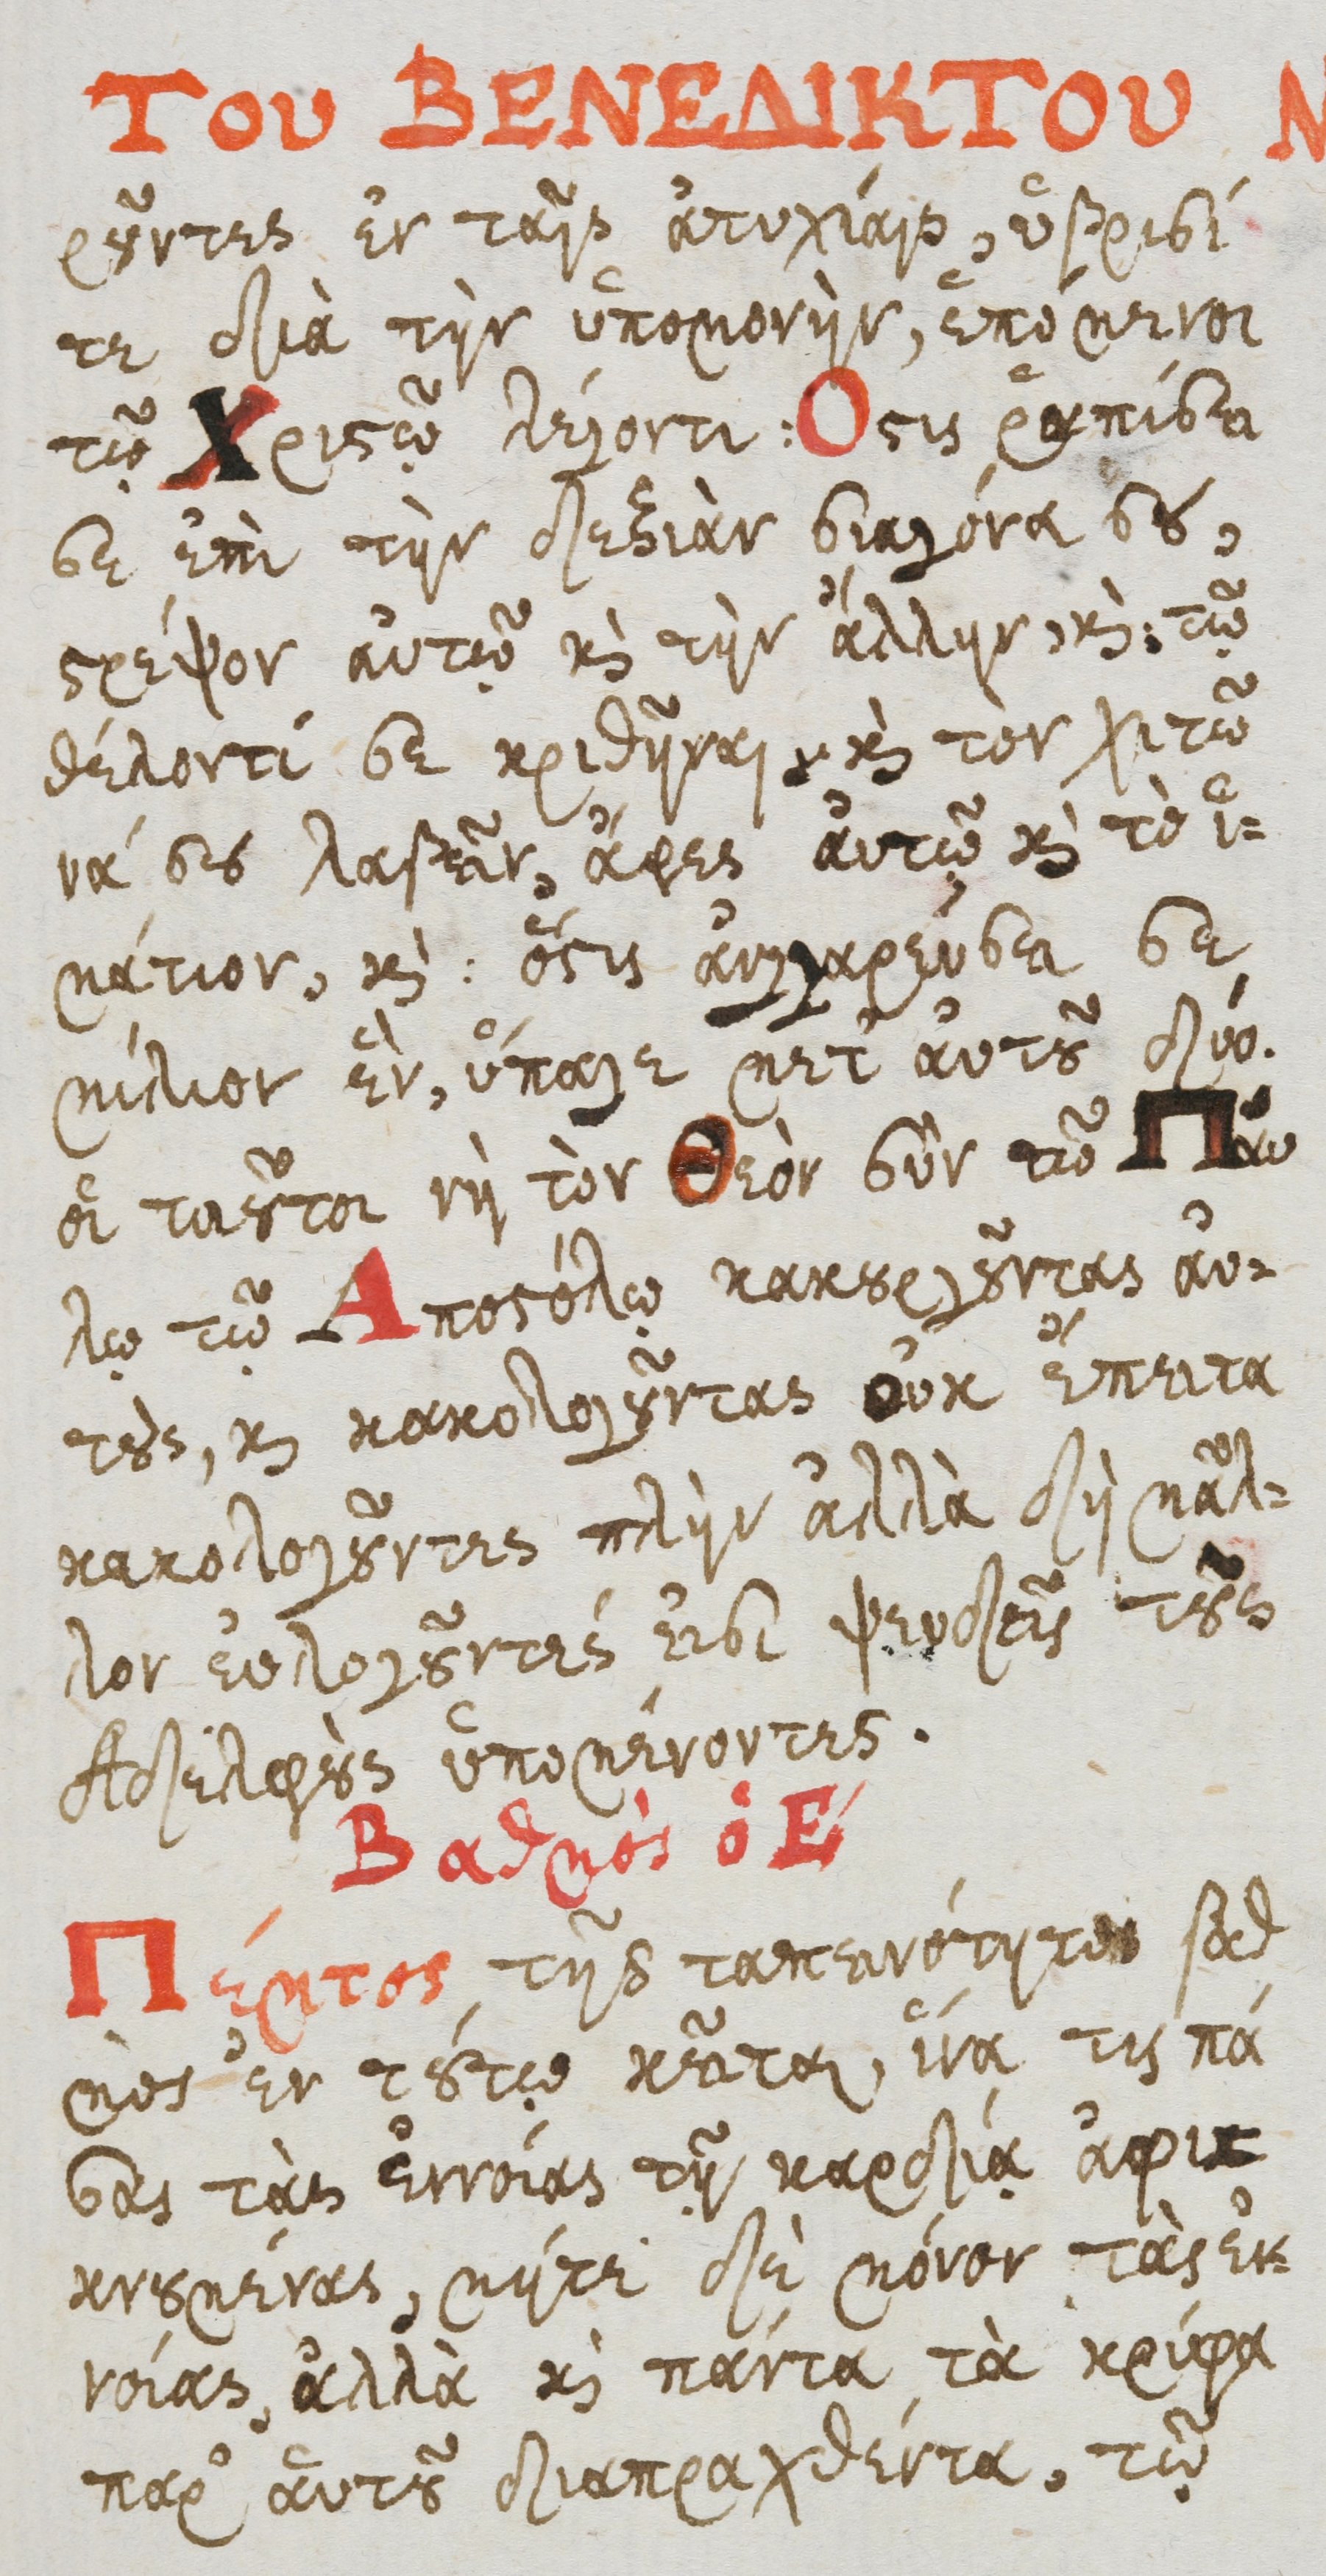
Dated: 1600–1699